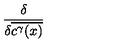
\frac { \delta } { \delta \overline { { c ^ { \gamma } ( x ) } } }